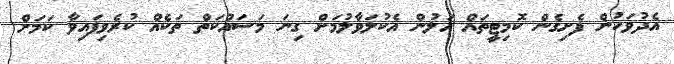
އެދުވަހުން ފެށިގެން ކޮމިޓީތައް އަލުން އެކުލަވާލުމަށް ގިނަ މަސައްކަތް ތަކެއް ކުރެވިފައިވާ ކަމަށް